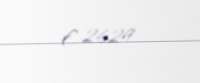
€ 2624